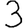
Digit: 3